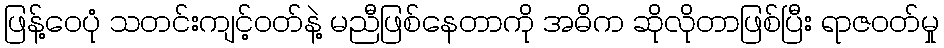
ဖြန့်ဝေပုံ သတင်းကျင့်ဝတ်နဲ့ မညီဖြစ်နေတာကို အဓိက ဆိုလိုတာဖြစ်ပြီး ရာဇဝတ်မှု